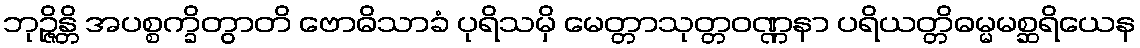
ဘုဉ္ဇိန္တိ အပစ္စက္ခိတွာတိ ဗောဓိသာခံ ပုရိသမှိ မေတ္တာသုတ္တဝဏ္ဏနာ ပရိယတ္တိဓမ္မမစ္ဆရိယေန